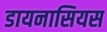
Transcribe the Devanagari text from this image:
डायनासियस